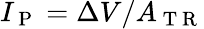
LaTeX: I_{\mathrm{~P~}}=\Delta V/A_{\mathrm{~T~R~}}